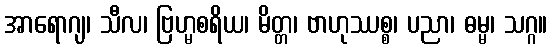
အာရောဂျ၊ သီလ၊ ဗြဟ္မစရိယ၊ မိတ္တ၊ ဗာဟုဿစ္စ၊ ပညာ၊ ဓမ္မ၊ သဂ္ဂ။